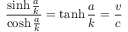
{ \frac { \sinh { \frac { a } { k } } } { \cosh { \frac { a } { k } } } } = \operatorname { t a n h } { \frac { a } { k } } = { \frac { v } { c } }